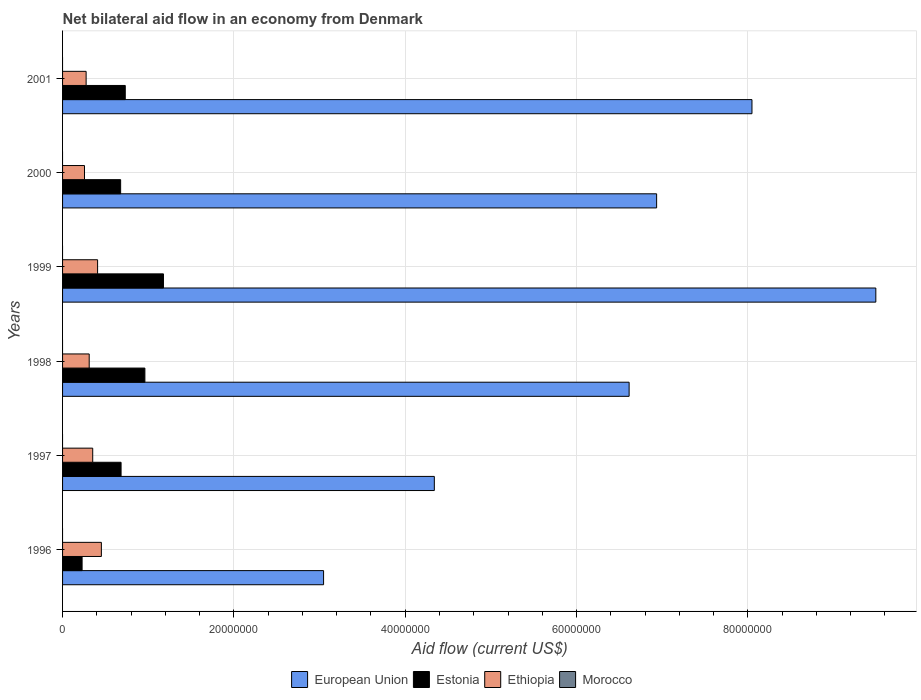
| Years | European Union | Estonia | Ethiopia | Morocco |
 | --- | --- | --- | --- | --- |
 | 1996 | 3.05e+07 | 2.28e+06 | 4.53e+06 | -1.16e+06 |
 | 1997 | 4.34e+07 | 6.83e+06 | 3.52e+06 | -6.2e+05 |
 | 1998 | 6.61e+07 | 9.61e+06 | 3.11e+06 | -1.09e+06 |
 | 1999 | 9.49e+07 | 1.18e+07 | 4.09e+06 | -1.03e+06 |
 | 2000 | 6.94e+07 | 6.78e+06 | 2.56e+06 | -9.1e+05 |
 | 2001 | 8.05e+07 | 7.32e+06 | 2.75e+06 | -6.5e+05 |